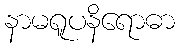
နာမရူပနိရောဓာ